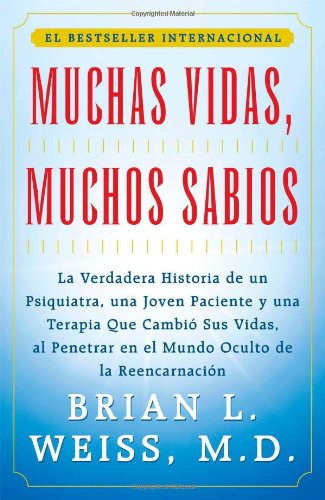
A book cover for Muchas vidas, muchos sabios; Brian L. Weiss; Literature & Fiction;